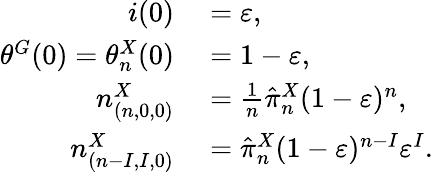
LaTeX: \begin{array}{rl}{i(0)}&{{}=\varepsilon,}\\ {\theta^{G}(0)=\theta_{n}^{X}(0)}&{{}=1-\varepsilon,}\\ {n_{(n,0,0)}^{X}}&{{}=\frac{1}{n}\hat{\pi}_{n}^{X}(1-\varepsilon)^{n},}\\ {n_{(n-I,I,0)}^{X}}&{{}=\hat{\pi}_{n}^{X}(1-\varepsilon)^{n-I}\varepsilon^{I}.}\end{array}